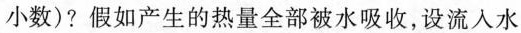
小数)?假如产生的热量全部被水吸收，设流入水